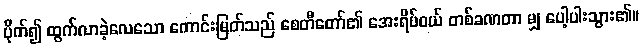
ပိုက်၍ ထွက်လာခဲ့လေသော ကောင်းမြတ်သည် စေတီတော်၏ အေးရိပ်ဝယ် တစ်ခဏတာ မျှ ပေါ့ပါးသွား၏။